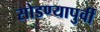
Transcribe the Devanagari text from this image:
सोडण्यापुर्वी